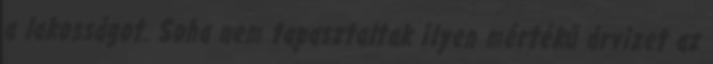
a lakosságot. Soha nem tapasztaltak ilyen mértékű árvizet az